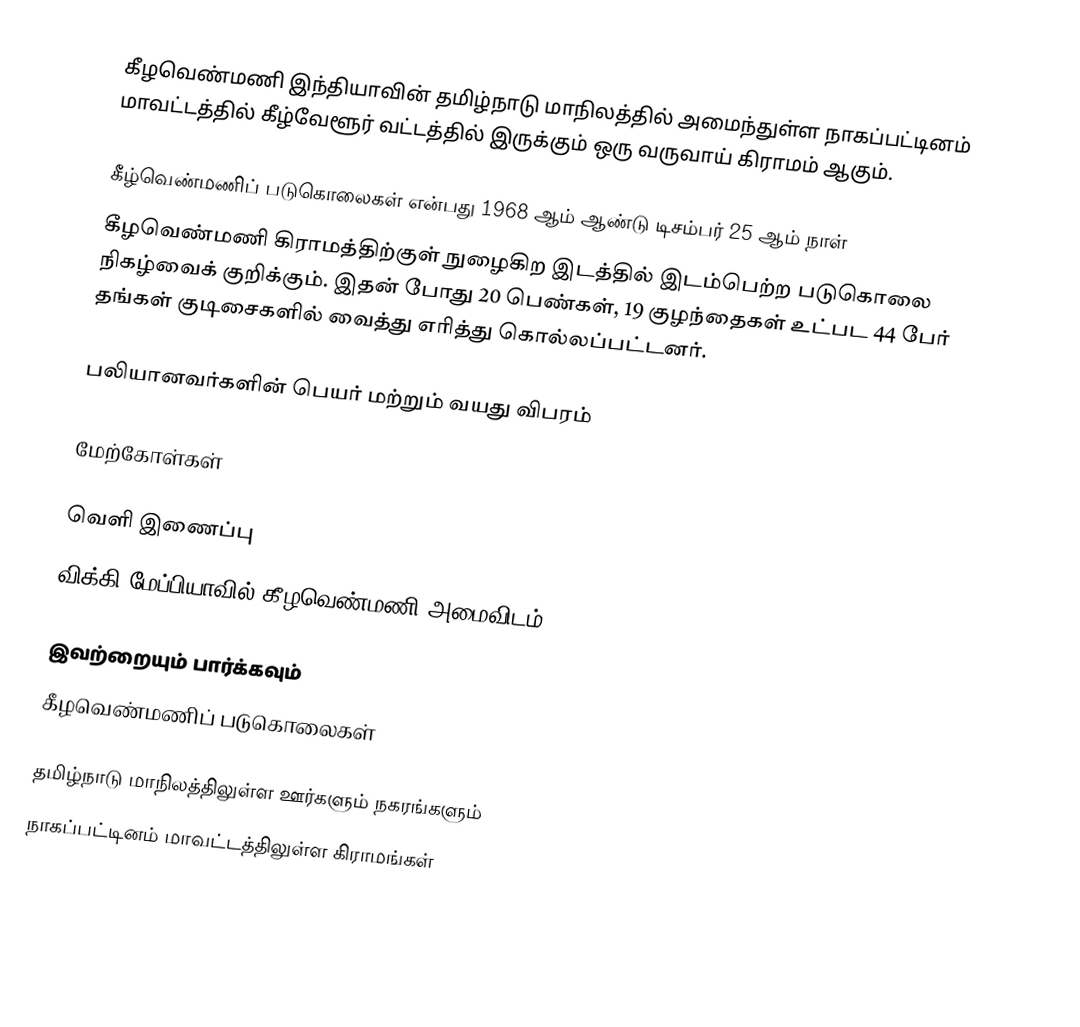
கீழவெண்மணி இந்தியாவின் தமிழ்நாடு மாநிலத்தில் அமைந்துள்ள நாகப்பட்டினம் மாவட்டத்தில்   கீழ்வேளூர் வட்டத்தில் இருக்கும்  ஒரு வருவாய் கிராமம் ஆகும்.

கீழ்வெண்மணிப் படுகொலைகள் என்பது 1968 ஆம் ஆண்டு டிசம்பர் 25 ஆம் நாள்
  கீழவெண்மணி கிராமத்திற்குள் நுழைகிற இடத்தில் இடம்பெற்ற படுகொலை நிகழ்வைக் குறிக்கும். இதன் போது 20 பெண்கள், 19 குழந்தைகள் உட்பட 44 பேர் தங்கள் குடிசைகளில் வைத்து எரித்து கொல்லப்பட்டனர்.

பலியானவர்களின் பெயர் மற்றும் வயது விபரம்

மேற்கோள்கள்

வெளி இணைப்பு
 விக்கி மேப்பியாவில் கீழவெண்மணி அமைவிடம்

இவற்றையும் பார்க்கவும்
கீழவெண்மணிப் படுகொலைகள்

தமிழ்நாடு மாநிலத்திலுள்ள ஊர்களும் நகரங்களும்
நாகப்பட்டினம் மாவட்டத்திலுள்ள கிராமங்கள்
en:Kizhavenmani